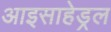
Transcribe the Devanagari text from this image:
आइसाहेड्रल